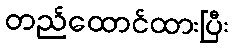
တည်ထောင်ထားပြီး